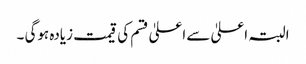
البتہ اعلیٰ سے اعلیٰ قسم کی قیمت زیادہ ہوگی ۔